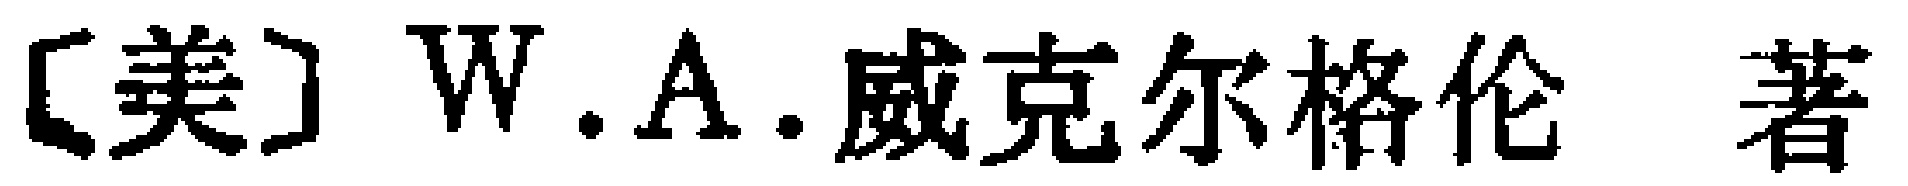
[美] W.A.威克尔格伦 著